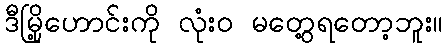
ဒီမြို့ဟောင်းကို လုံး၀ မတွေ့ရတော့ဘူး။